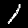
Label: 1